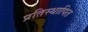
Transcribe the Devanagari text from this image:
प्रतिस्थापित